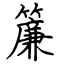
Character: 簾